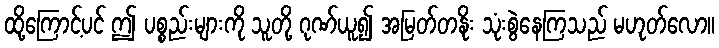
ထို့ကြောင့်ပင် ဤ ပစ္စည်းများကို သူတို့ ဂုဏ်ယူ၍ အမြတ်တနိုး သုံးစွဲနေကြသည် မဟုတ်လော။